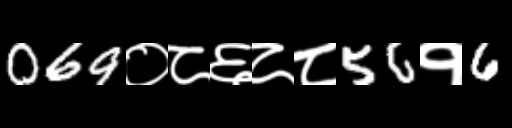
Text: 069०८६८८56१6